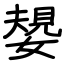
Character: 嫢